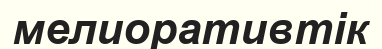
мелиоративтік